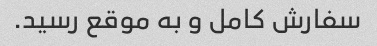
سفارش کامل و به موقع رسید.